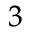
_ 3